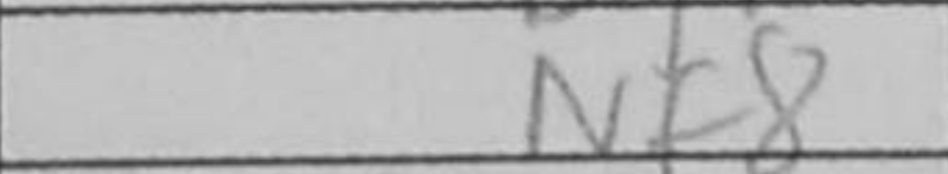
Transcription: Nf8